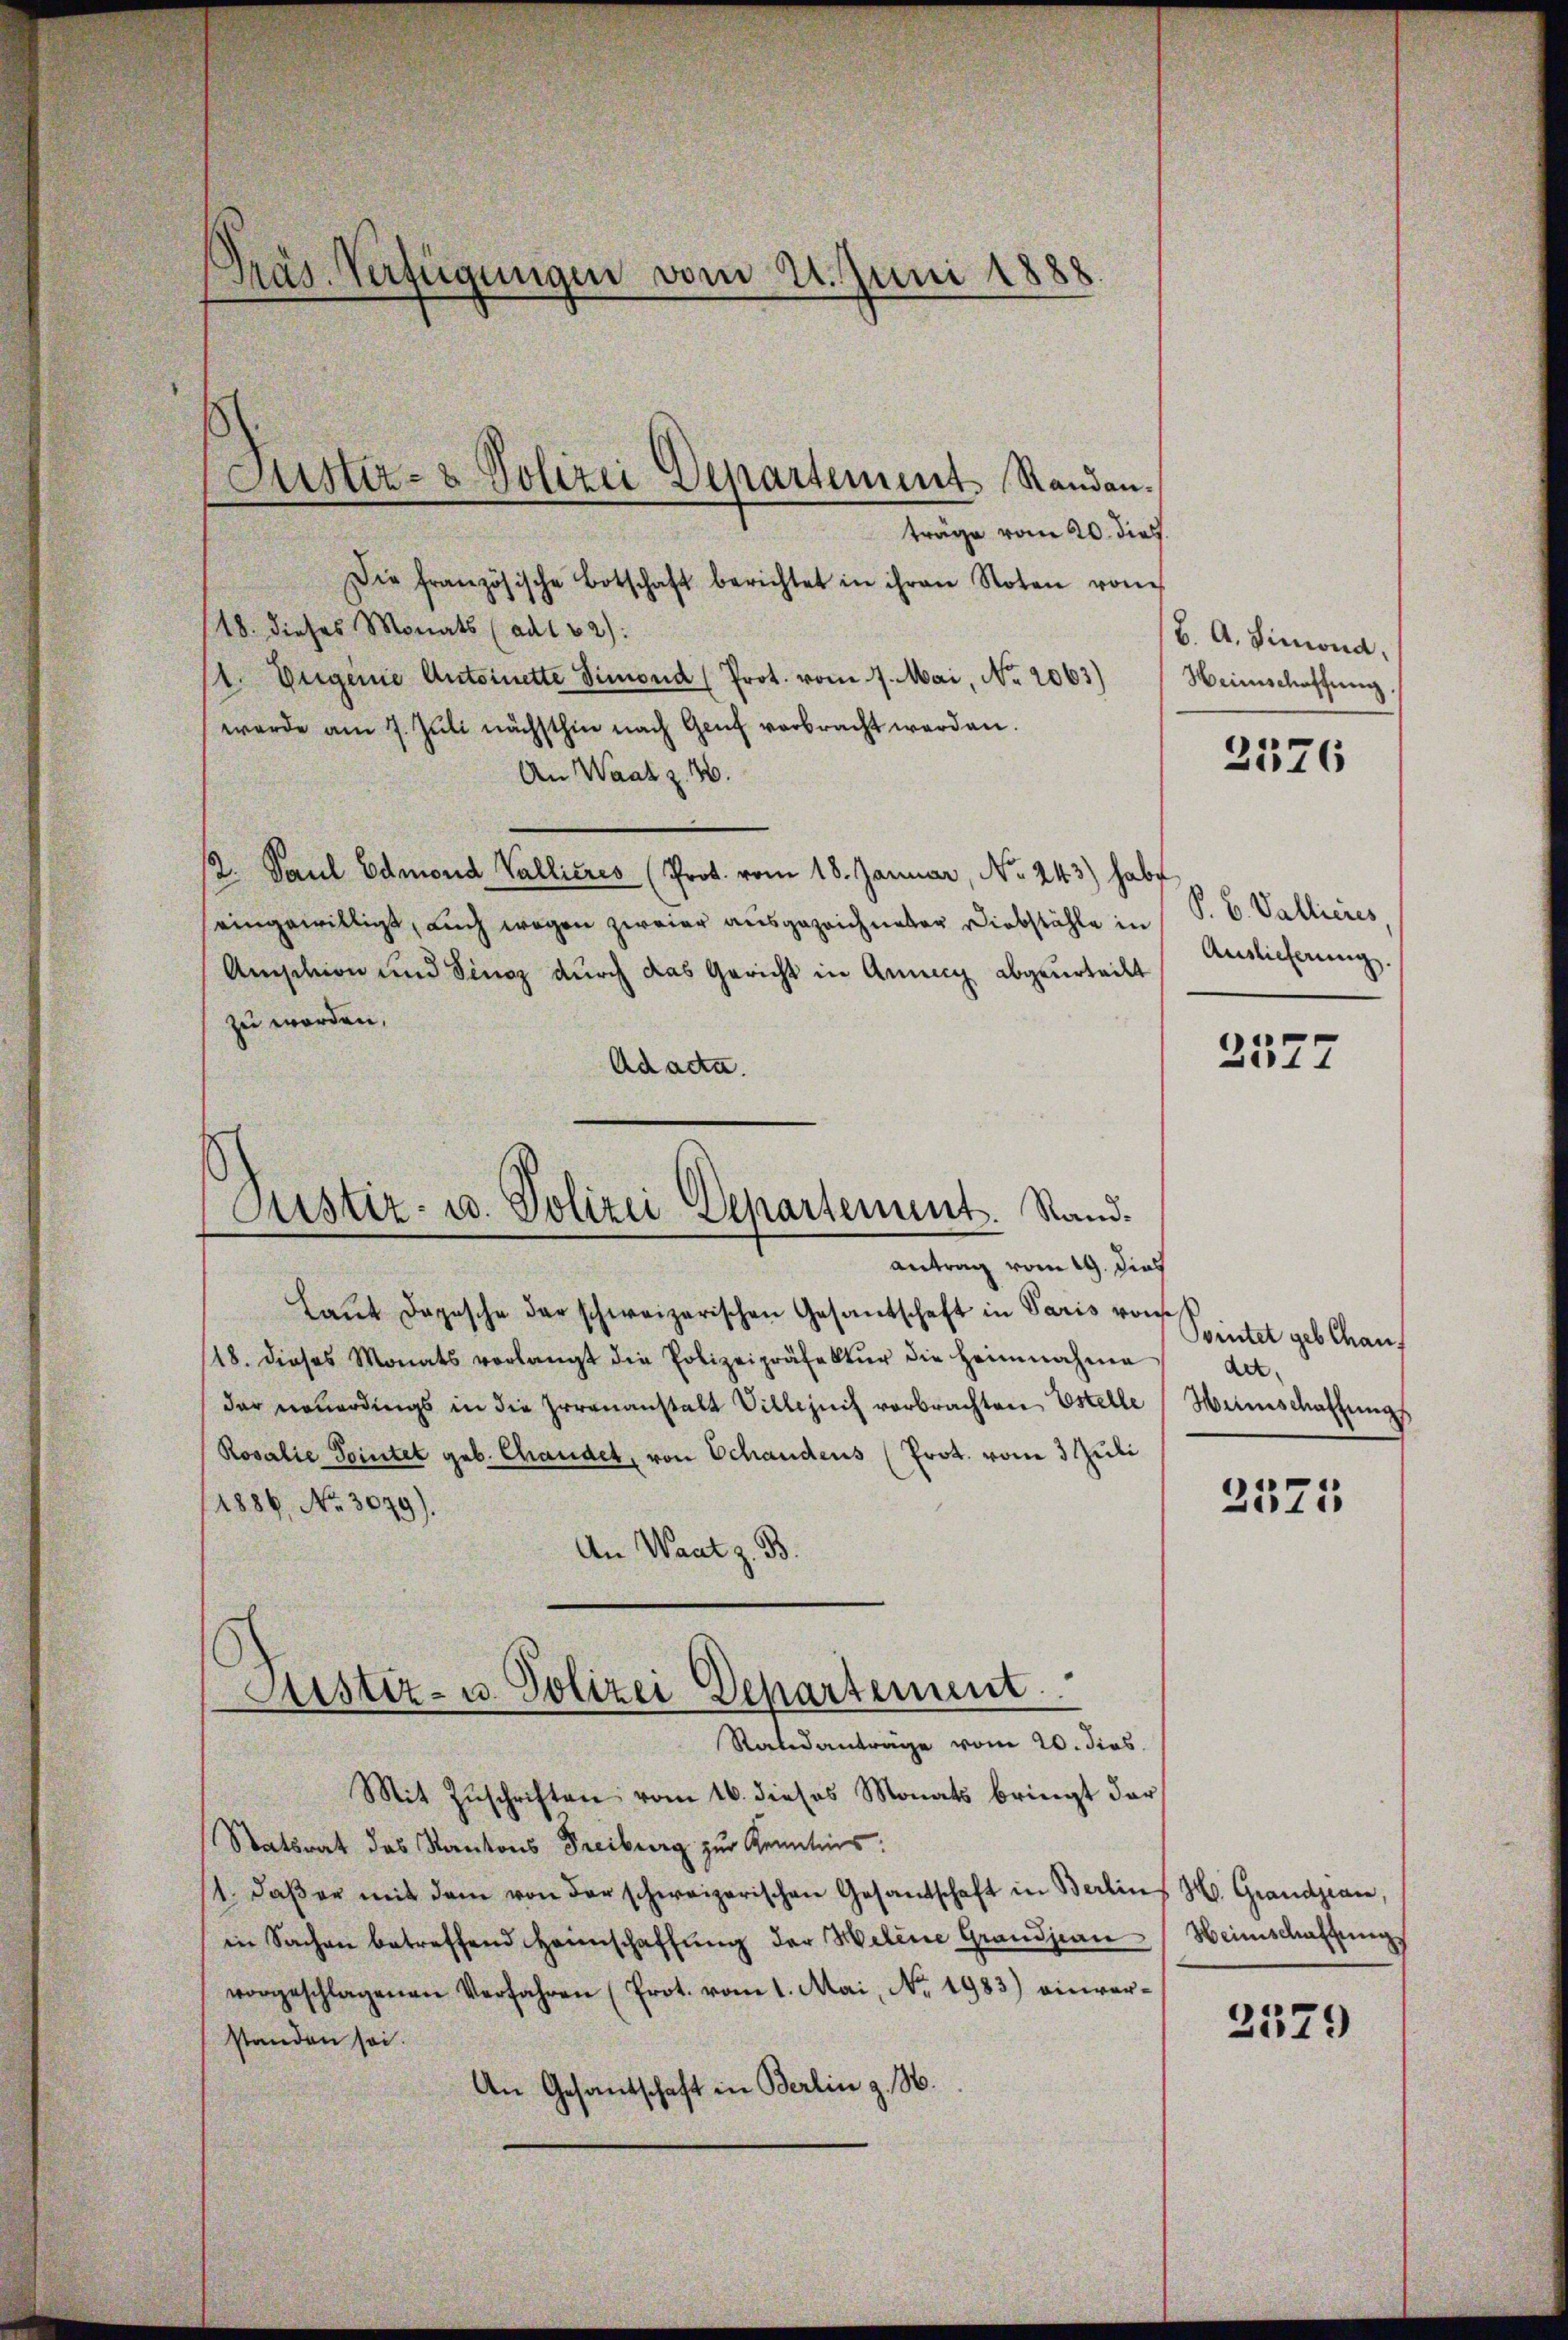
Präs. Verfügungen vom 21. Juni 1888

Justiz- & Polizei Departement. Randan¬

träge vom 20. dies
Die französische Botschaft berichtet in ihren Noten von
18. dieses Monats (ad 52):
(1. Eugenie Antoinette Simond (Prot. vom 7. Mai, No. 2063)
werde am 7. Juli nächsthin nach Genf verbracht werden.
An Waatz. 10.
/2. Paul Edmond Vallicres (Prot. vom 18. Januar, No. 243) habe
eingewilligt, auch wegen zweier ausgezeichneter Diebstähle in
Anschien und Finaz durch das Gericht in Anny abgeurteilt
zu worden.
Ad acta.
antrag vom 19. dies
Laut Depesche der schweizerischen Gesantschaft in Paris vor Pintel geb Chaus
118. dieses Monats verlangt die Polizeipräfektŭr die heimnahme
der neuerdings in die Irrenanstalt Villezeit verbrachten Estelle
Rosalie Pointet geb. Chandet, von Schandeus (Prot. vom 3. Juli
1886, No. 3079).
An Waat z. B.
Sistiz- u. Polizei Departement
Satedanträge vom 20. dies
Mit Zŭschriften vom 16. dieses Monats bringt der
Statsrat das Kantons Freiburg zur Kenntnis:
11. daβ er mit dem von der schweizerischen Gesandschaft in Berlin
in Sachen betreffend Heinschaffung der Helene Grandjean
vorgeschlagenen Verfahren (Prot. vom 1. Mai, No. 1983) einverstanden sei.
An Gesandschaft in Berlin z. B.

Justiz- u. Polizei Departement. Stand¬

H. A. Simond.
Heinschaffung.

2376

P. B. Vallieres
Auslieferung.

2577

der
Wunschaftung

2375

H. Grandjean,
Heimschaffung

2379